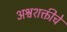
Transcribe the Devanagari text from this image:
अश्वशक्तीचे